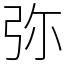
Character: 弥